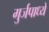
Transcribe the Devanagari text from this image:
गुर्जपाध्ये